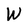
Character: W